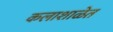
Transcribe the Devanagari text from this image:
कलाशाळेत